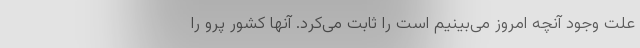
علت وجود آنچه امروز می‌بینیم است را ثابت می‌کرد. آنها کشور پرو را